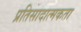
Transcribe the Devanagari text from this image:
प्रतिसादात्मकता